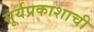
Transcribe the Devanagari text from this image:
सूर्यप्रकाशाची